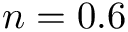
n = 0 . 6